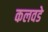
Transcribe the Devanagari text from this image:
कलवडे